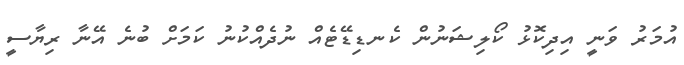
އުމަރު ވަނީ އިދިކޮޅު ކޯލިޝަނުން ކެނޑިޑޭޓެއް ނުދެއްކުނު ކަމަށް ބުނެ އޭނާ ރިޔާސީ